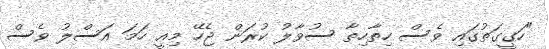
"ހަގީގަތުގައި ވެސް ހިތާހިތާ ސުވާލު ކުރަން ޖެހޭ މިއީ ހަމަ އަސްލު ވެސް